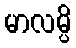
မာလမ္ပိ